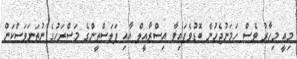
މިއީ މިހާރު ވެސް ހަމަނުޖެހުން ބޮޑުވެފައިވާ އިސްރާއީލް އާއި ފަލަސްތީންގެ މަސްރަހުގެ ނުތަނަވަސްކަން